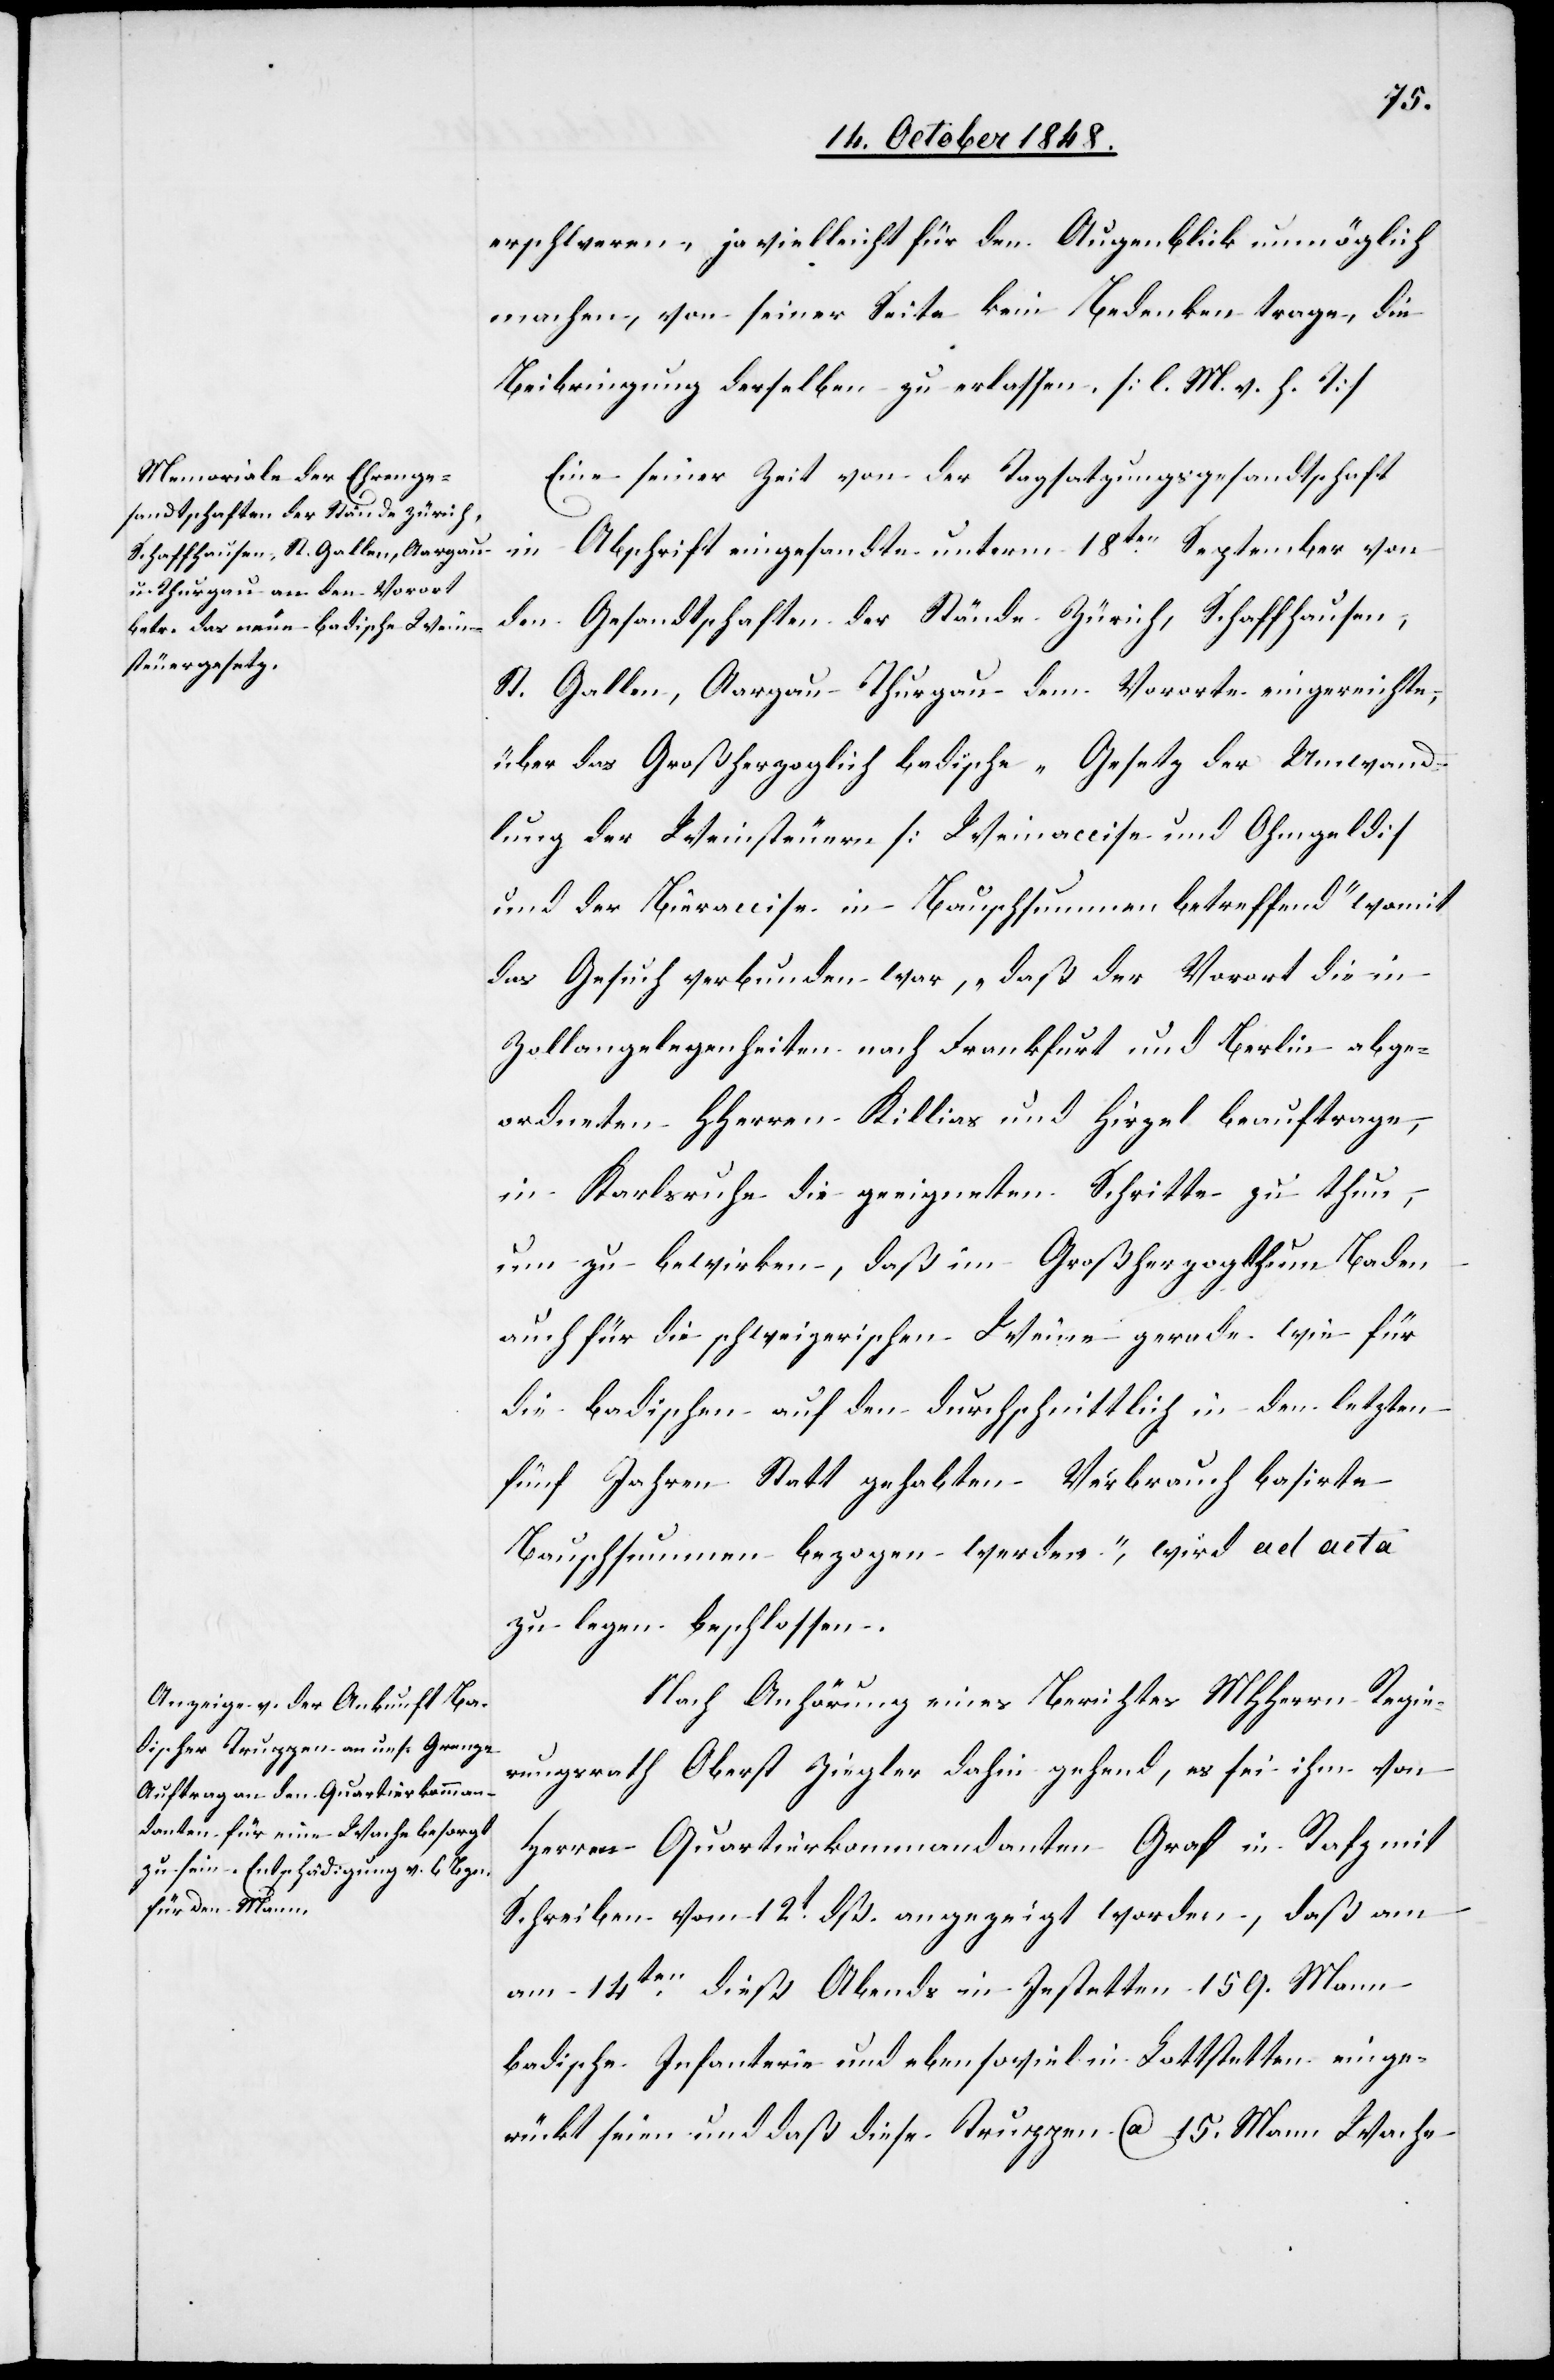
erschweren, ja vielleicht für den Augenblick unmöglich
machen, von seiner Seite kein Bedenken trage, die
Beibringung derselben zu erlassen. [l. M. v. h. T]
Eine seiner Zeit von der Tagsatzungsgesandtschaft
in Abschrift eingesandte unterm 18ten September von
den Gesandtschaften der Stände Zürich, Schaffhausen,
St. Gallen, Aargau Thurgau dem Vororte eingereichte,
über das Großherzoglich badische „Gesetz der Umwand¬
lung der Weinsteuer [Weinaccise und Ohmgeld]
und der Bieraccise in Bauschsummen betreffend“ womit
das Gesuch verbunden war, „daß der Vorort die in
Zollangelegenheiten nach Frankfurt und Berlin abge¬
ordneten HHerren Killias und Hirzel beauftrage,
in Karlsruhe die geeigneten Schritte zu thun,
um zu bewirken, daß im Großherzogthum Baden
auch für die schweizerischen Weine gerade wie für
die badischen auf den durchschnittlich in den letzten
fünf Jahren Statt gehabten Verbrauch basirte
Bauschsummen bezogen werden“, wird ad acta
zu legen beschlossen.
Nach Anhörung eines Berichtes MHHerrn Regie¬
rungsrath Oberst Ziegler dahin gehend, es sei ihm von
Herren Quartierkommandanten Graf in Rafz mit
Schreiben vom 12t dß. angezeigt worden, daß am
14ten dieß Abends in Jestetten 159. Mann
badische Infanterie und ebensoviel in Lottstetten einge¬
rückt seien und daß diese Truppen ca. 15. Mann Wache